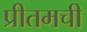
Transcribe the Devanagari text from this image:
प्रीतमची